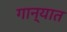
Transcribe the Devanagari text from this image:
गान्यात